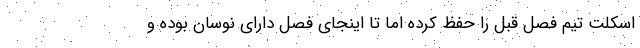
اسکلت تیم فصل قبل را حفظ کرده اما تا اینجای فصل دارای نوسان بوده و